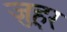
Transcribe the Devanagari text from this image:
ज़ुहूर